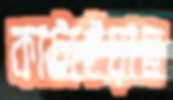
কাটাইয়াছ